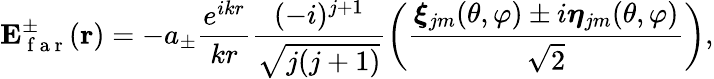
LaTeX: \mathbf{E}_{\mathrm{~f~a~r~}}^{\pm}(\mathbf{r})=-a_{\pm}\frac{e^{ikr}}{kr}\frac{(-i)^{j+1}}{\sqrt{j(j+1)}}\left(\frac{\boldsymbol{\xi}_{jm}(\theta,\varphi)\pm i\boldsymbol{\eta}_{jm}(\theta,\varphi)}{\sqrt{2}}\right),